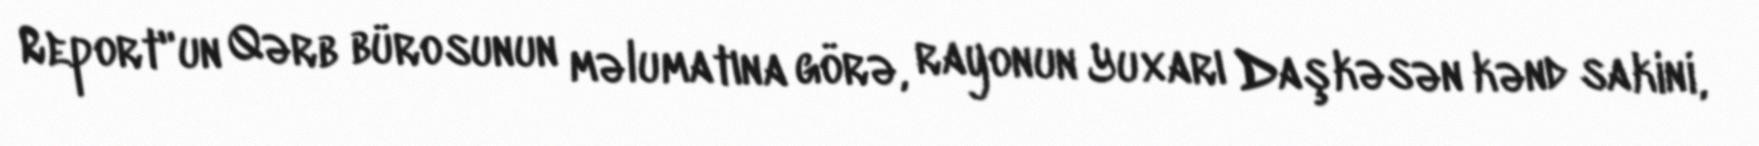
Report"un Qərb bürosunun məlumatına görə, rayonun Yuxarı Daşkəsən kənd sakini,